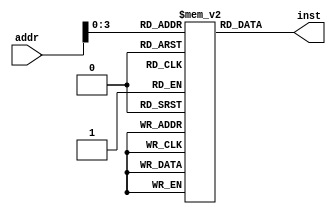
`timescale 1ns / 1ps

module rom(
    input   [31:0]  addr,
    output  [31:0]  inst
    );
    
    reg [31:0]rom[15:0];
    
    assign inst = rom[addr[3:0]];
    
    initial begin 
        rom[0] = 32'h0380000c;
        rom[1] = 32'h0380040d;
        rom[2] = 32'h03800017;
        rom[3] = 32'h03800418;
        rom[4] = 32'h2a100004;
        rom[5] = 32'h0010358e;
        rom[6] = 32'h038001ac;
        rom[7] = 32'h038001cd;
        rom[8] = 32'h001062f7;
        rom[9] = 32'h5ffff2e4;
        rom[10] = 32'h2910040e;
        rom[11] = 32'h5c000300;
        rom[12] = 32'h0;
        rom[13] = 32'h0;
        rom[14] = 32'h0;
        rom[15] = 32'h0;
    end 
    
endmodule